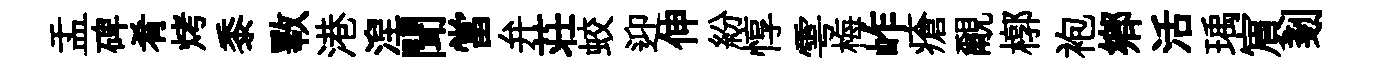
盂碑肴烤黍斁港湼聞當弁荘蛟迎伸紛惇雩梅岞瘡覼槨袍郷活瑀賔剗